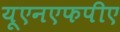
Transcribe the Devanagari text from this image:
यूएनएफपीए